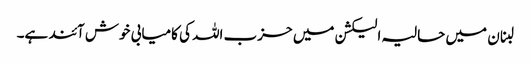
لبنان میں حالیہ الیکشن میں حزب اللہ کی کامیابی خوش آئند ہے۔